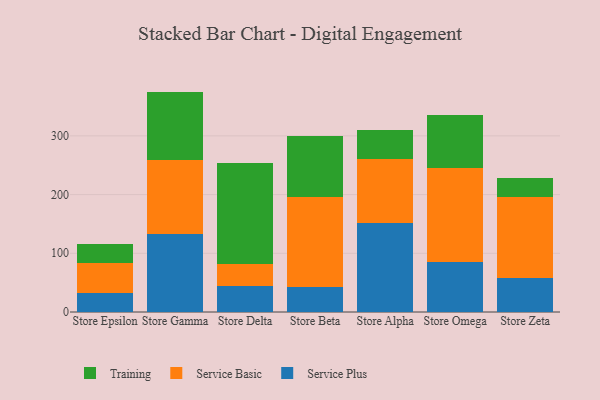
{"axis": {"x": "Store", "y": "Bounce Rate (%)"}, "legend": ["Service Basic", "Service Plus", "Training"], "data": [{"x": "Store Epsilon", "y": 31.7, "type": "Service Plus"}, {"x": "Store Epsilon", "y": 52.2, "type": "Service Basic"}, {"x": "Store Epsilon", "y": 32.6, "type": "Training"}, {"x": "Store Gamma", "y": 132.1, "type": "Service Plus"}, {"x": "Store Gamma", "y": 126.2, "type": "Service Basic"}, {"x": "Store Gamma", "y": 117.1, "type": "Training"}, {"x": "Store Delta", "y": 44.6, "type": "Service Plus"}, {"x": "Store Delta", "y": 37.8, "type": "Service Basic"}, {"x": "Store Delta", "y": 171.0, "type": "Training"}, {"x": "Store Beta", "y": 43.0, "type": "Service Plus"}, {"x": "Store Beta", "y": 153.5, "type": "Service Basic"}, {"x": "Store Beta", "y": 103.3, "type": "Training"}, {"x": "Store Alpha", "y": 151.0, "type": "Service Plus"}, {"x": "Store Alpha", "y": 109.4, "type": "Service Basic"}, {"x": "Store Alpha", "y": 49.7, "type": "Training"}, {"x": "Store Omega", "y": 85.7, "type": "Service Plus"}, {"x": "Store Omega", "y": 158.8, "type": "Service Basic"}, {"x": "Store Omega", "y": 91.7, "type": "Training"}, {"x": "Store Zeta", "y": 58.4, "type": "Service Plus"}, {"x": "Store Zeta", "y": 137.2, "type": "Service Basic"}, {"x": "Store Zeta", "y": 33.4, "type": "Training"}]}